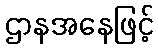
ဌာနအနေဖြင့်